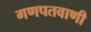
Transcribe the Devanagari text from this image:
गणपतवाणी